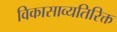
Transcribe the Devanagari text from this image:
विकासाव्यतिरिक्त